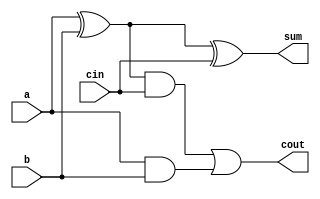
// 1-bit Full Adder
module full_adder_utils(a,b,cin,sum,cout);
    input a,b,cin;
    output sum,cout;
    wire w1,w2,w3;
    
    // S = (A xor B) xor Cin
    xor x1(w1, a, b);
    xor x2(sum, w1, cin);

    // Cout = (A and B) or (Cin and (A xor B))
    and a1(w2, w1, cin);
    and a2(w3, a, b);
    or o1(cout, w2, w3);

endmodule

// 11-bit Exponent Adder
module exp_adder(a,b,res);
    input[10:0] a,b;
    output[10:0] res;

    wire[11:0] carry,borrow;
    assign carry[0] = 1'b0;

    wire[10:0] sum,bias;
    assign bias = 1023;
    assign borrow[0] = 1'b1;

    genvar i,j;

    // Adding exponents
    generate
        for (i = 0;i < 11;i = i+1) begin
            full_adder_utils fa(a[i],b[i],carry[i],sum[i],carry[i+1]);
        end
    endgenerate

    // Subtracting bias
    generate
        for (j = 0;j < 11;j = j+1) begin
            full_adder_utils fa(sum[j],(bias[j]^1'b1),borrow[j],res[j],borrow[j+1]);
        end
    endgenerate

 
endmodule

// 64-bit Mantissa Extender
module ext_mantissa(a,b,Ma,Mb);
    input[51:0] a,b;
    output[63:0] Ma,Mb;

    //Zero extend mantissa for multiplication
    assign Ma = {11'b0,1'b1,a};
    assign Mb = {11'b0,1'b1,b};

endmodule

// Truncate and Normalize mantissa
module man_round(man,esum,mres,eres);
    input[127:0] man;
    input[10:0] esum;

    output[51:0] mres;
    output[10:0] eres;

    assign mres = man[105] ? man[104 -: 52] : man[103 -: 52];
    assign eres = esum + man[105];

endmodule

//Control Module
module control(sa,sb,sres);
    input sa,sb;
    output sres;

    // Determine sign of result
    assign sres = sa ^ sb ;

endmodule

//Exceptions
module validity(sa,sb,ea,eb,ma,mb,flags);
    input sa,sb;
    input[10:0] ea,eb;
    input[51:0] ma,mb;
    output[7:0] flags;

    wire NaNA,InfA,ZeroA,DeNormA;
    wire NaNB,InfB,ZeroB,DeNormB;

    //Not a Number
    assign NaNA = (ea == 2047 && ma != 0);
    assign NaNB = (eb == 2047 && mb != 0);

    //Infinity
    assign InfA = (ea == 2047 && ma == 0);
    assign InfB = (eb == 2047 && mb == 0);

    //Zero
    assign ZeroA = (ea == 0 && ma == 0);
    assign ZeroB = (eb == 0 && mb == 0);

    //Denormal Number
    assign DeNormA = (ea == 0 && ma != 0);
    assign DeNormB = (eb == 0 && mb != 0);

    assign flags = {NaNA,InfA,ZeroA,DeNormA,NaNB,InfB,ZeroB,DeNormB};

endmodule